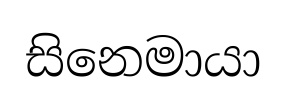
සිනෙමායා